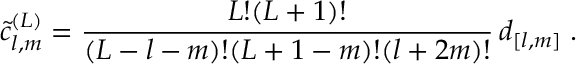
\tilde { c } _ { l , m } ^ { ( L ) } = \frac { L ! ( L + 1 ) ! } { ( L - l - m ) ! ( L + 1 - m ) ! ( l + 2 m ) ! } \, d _ { [ l , m ] } \; .